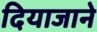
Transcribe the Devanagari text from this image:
दियाजाने